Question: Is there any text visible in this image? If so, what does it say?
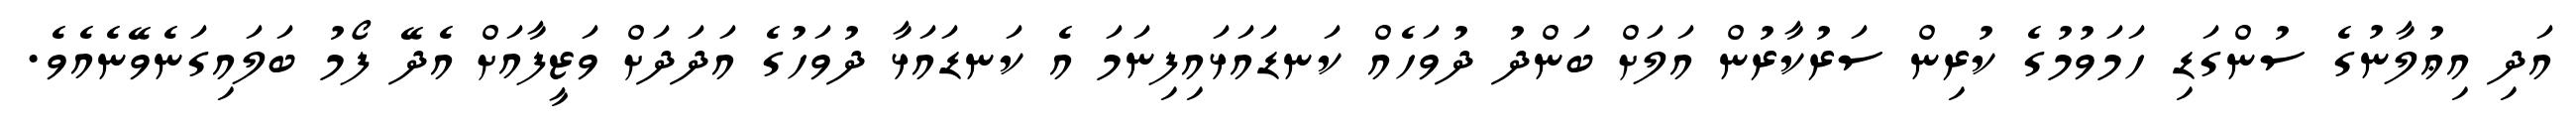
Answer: އަދި އިޢުލާނުގެ ސުންގަޑި ހަމަވުމުގެ ކުރިން ސަރުކާރުން އަލަށް ބަންދު ދުވަހެއް ކަނޑައަޅައިފިނަމަ އެ ކަނޑައަޅާ ދުވަހުގެ އަދަދަށް ވަޒީފާއަށް އެދޭ ފޯމު ބަލައިގަނެވޭނެއެވެ.